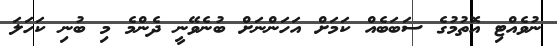
ނުވެއްޓި އޮތުމުގެ ސަބަބެއް ކަމަށް އަހަންނަށް ބުނެވޭނީ ދެންމެ މި ބުނި ކަހަލަ